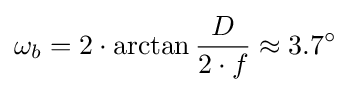
\omega _{b}=2\cdot \arctan {\frac {D}{2\cdot f}}\approx 3.7^{\circ }